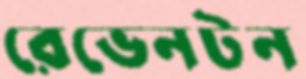
রেভেনটন